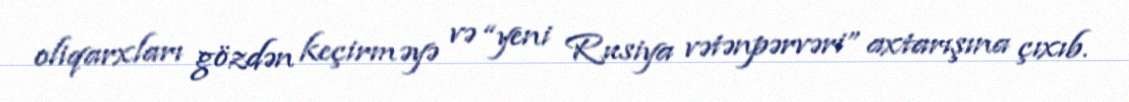
oliqarxları gözdən keçirməyə və “yeni Rusiya vətənpərvəri” axtarışına çıxıb.